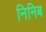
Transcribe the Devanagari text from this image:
निनिब